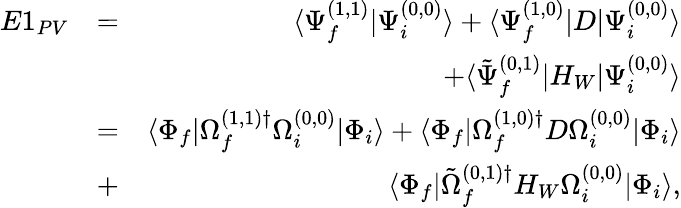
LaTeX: \begin{array}{rlr}{E1_{PV}}&{=}&{\langle\Psi_{f}^{(1,1)}|\Psi_{i}^{(0,0)}\rangle+\langle\Psi_{f}^{(1,0)}|D|\Psi_{i}^{(0,0)}\rangle}\\ &{}&{+\langle\tilde{\Psi}_{f}^{(0,1)}|H_{W}|\Psi_{i}^{(0,0)}\rangle}\\ &{=}&{\langle\Phi_{f}|\Omega_{f}^{(1,1)\dagger}\Omega_{i}^{(0,0)}|\Phi_{i}\rangle+\langle\Phi_{f}|\Omega_{f}^{(1,0)\dagger}D\Omega_{i}^{(0,0)}|\Phi_{i}\rangle}\\ &{+}&{\langle\Phi_{f}|\tilde{\Omega}_{f}^{(0,1)\dagger}H_{W}\Omega_{i}^{(0,0)}|\Phi_{i}\rangle,}\end{array}